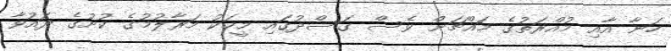
ހަނާ އާއި މުއްރަތުގެ މައްޗަށް ވެސް ގަސްދުގައި މީހަކު މަރާލުމުގެ ކުށުގެ ދައުވާ